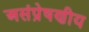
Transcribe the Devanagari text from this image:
असंप्रेषणीय